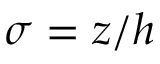
\sigma = z / h